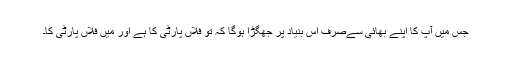
جس میں آپ کا اپنے بھائی سےصرف اس بنیاد پر جھگڑا ہوگا کہ تو فلاں پارٹی کا ہے اور میں فلاں پارٹی کا۔